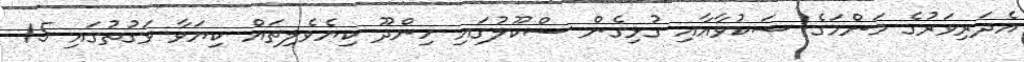
އެދަރިވަރުގެ މަންމަގެ ޝަކުވާއާއި ގުޅިގެން ސްކޫލުގައި ހިންދޫ ކިޔެވެލިތައް ކިޔަވާ ވަގުތުގައި 15